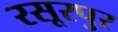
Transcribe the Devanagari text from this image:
रसूरपुर